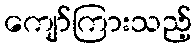
ကျော်ကြားသည့်